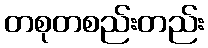
တစုတစည်းတည်း